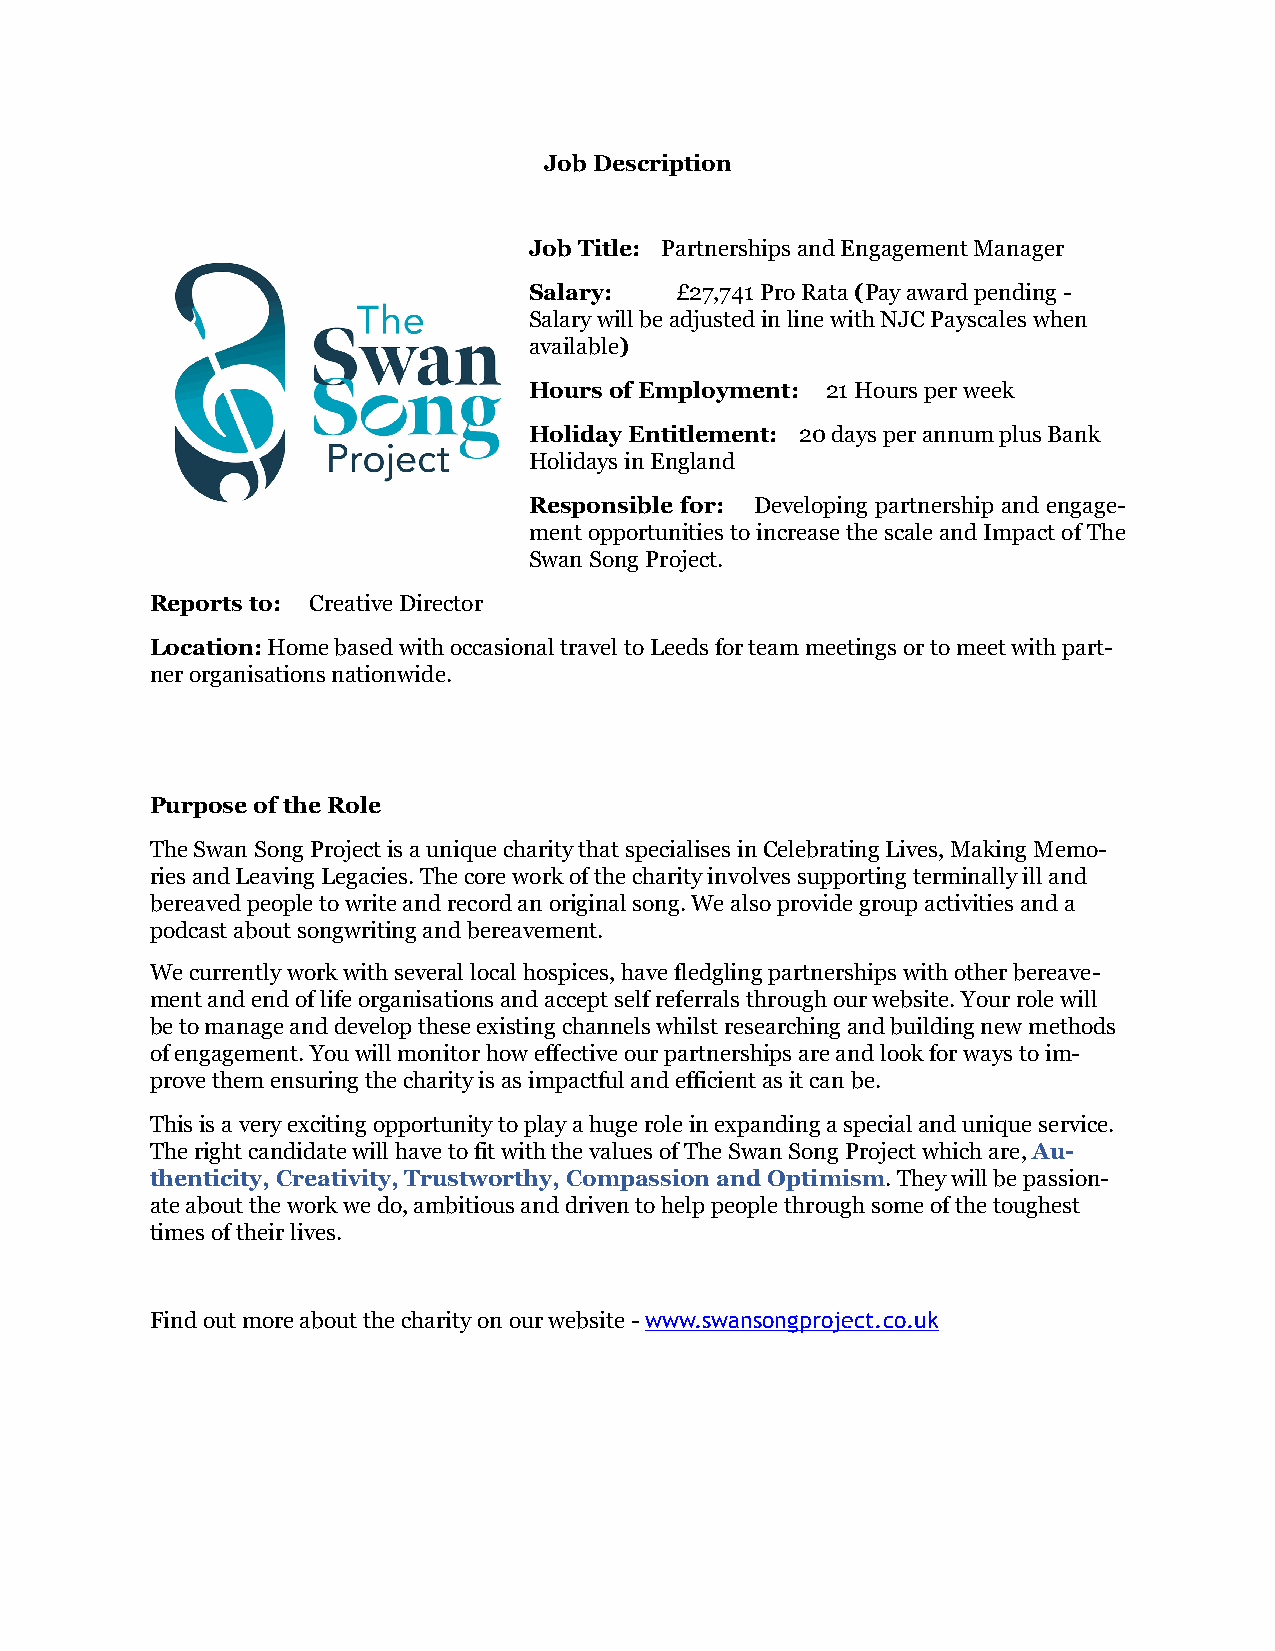
Job Description
 Job Title: Partnerships and Engagement Manager
 Salary:   £27,741 Pro Rata (Pay award pending -
 Salary will be adjusted in line with NJC Payscales when
 available)
 Hours of Employment: 21 Hours per week
 Holiday Entitlement: 20 days per annum plus Bank
 Holidays in England
 Responsible for: Developing partnership and engage-
 ment opportunities to increase the scale and Impact of The
 Swan Song Project.
 Reports to: Creative Director
 Location: Home based with occasional travel to Leeds for team meetings or to meet with part-
 ner organisations nationwide.
 Purpose of the Role
 The Swan Song Project is a unique charity that specialises in Celebrating Lives, Making Memo-
 ries and Leaving Legacies. The core work of the charity involves supporting terminally ill and
 bereaved people to write and record an original song. We also provide group activities and a
 podcast about songwriting and bereavement.
 We currently work with several local hospices, have fledgling partnerships with other bereave-
 ment and end of life organisations and accept self referrals through our website. Your role will
 be to manage and develop these existing channels whilst researching and building new methods
 of engagement. You will monitor how effective our partnerships are and look for ways to im-
 prove them ensuring the charity is as impactful and efficient as it can be.
 This is a very exciting opportunity to play a huge role in expanding a special and unique service.
 The right candidate will have to fit with the values of The Swan Song Project which are, Au-
 thenticity, Creativity, Trustworthy, Compassion and Optimism. They will be passion-
 ate about the work we do, ambitious and driven to help people through some of the toughest
 times of their lives.
 Find out more about the charity on our website - www.swansongproject.co.uk